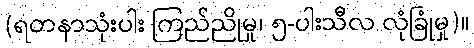
(ရတနာသုံးပါး ကြည်ညိုမှု၊ ၅-ပါးသီလ လုံခြုံမှု)။